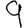
Digit: 9